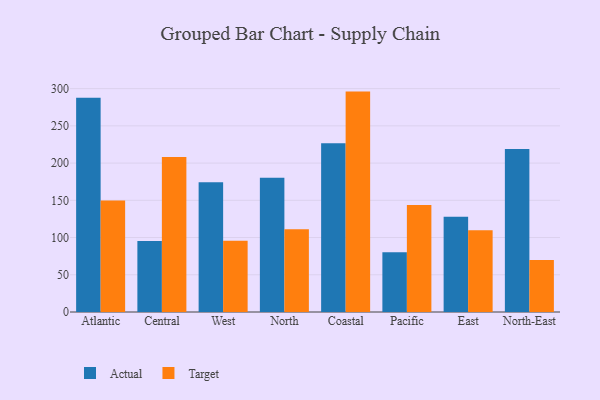
{"axis": {"x": "Region", "y": "Energy Usage (MWh)"}, "legend": ["Actual", "Target"], "data": [{"x": "Atlantic", "y": 287.7, "type": "Actual"}, {"x": "Atlantic", "y": 149.8, "type": "Target"}, {"x": "Central", "y": 95.4, "type": "Actual"}, {"x": "Central", "y": 208.3, "type": "Target"}, {"x": "West", "y": 174.1, "type": "Actual"}, {"x": "West", "y": 95.7, "type": "Target"}, {"x": "North", "y": 180.3, "type": "Actual"}, {"x": "North", "y": 111.3, "type": "Target"}, {"x": "Coastal", "y": 226.6, "type": "Actual"}, {"x": "Coastal", "y": 296.0, "type": "Target"}, {"x": "Pacific", "y": 80.1, "type": "Actual"}, {"x": "Pacific", "y": 143.6, "type": "Target"}, {"x": "East", "y": 127.9, "type": "Actual"}, {"x": "East", "y": 109.9, "type": "Target"}, {"x": "North-East", "y": 218.9, "type": "Actual"}, {"x": "North-East", "y": 69.9, "type": "Target"}]}